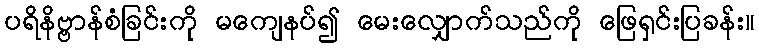
ပရိနိဗ္ဗာန်စံခြင်းကို မကျေနပ်၍ မေးလျှောက်သည်ကို ဖြေရှင်းပြခန်း။